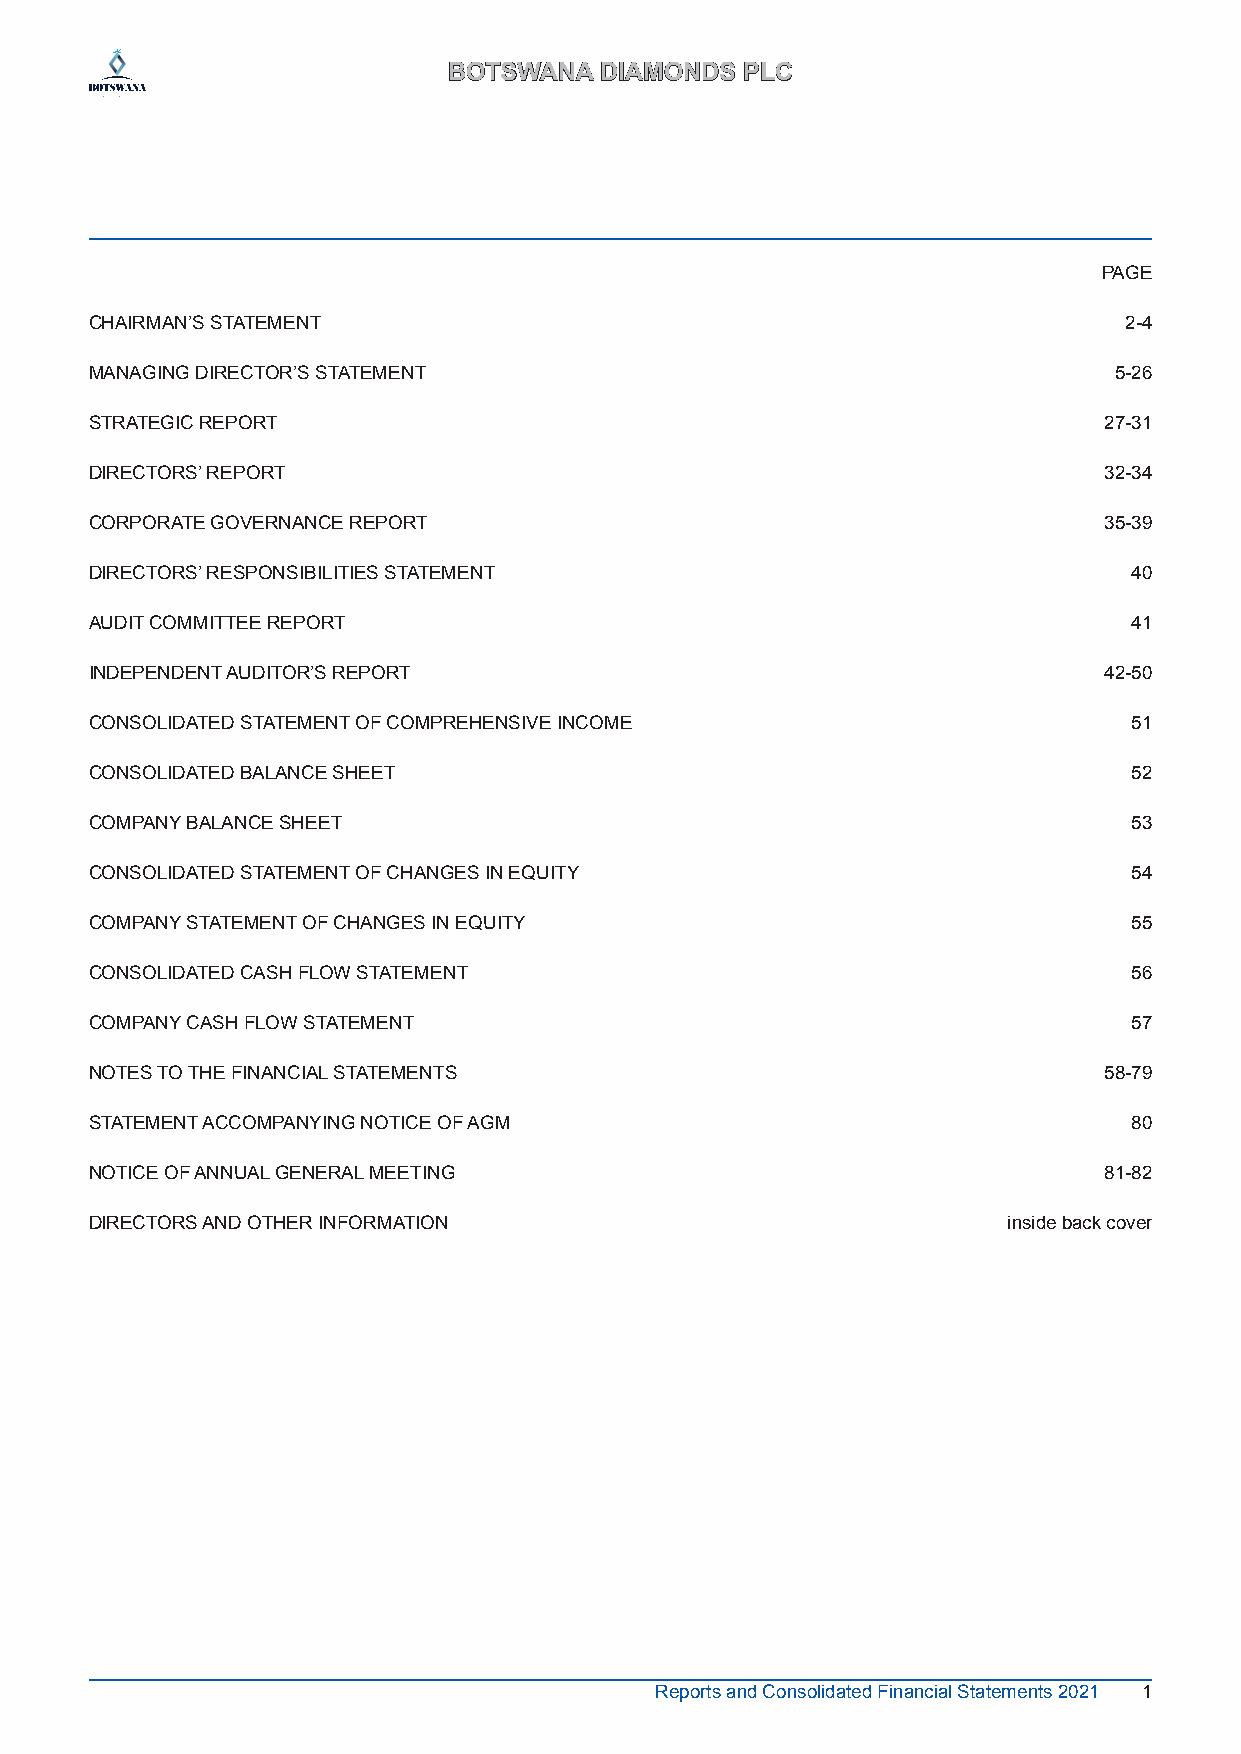
BBOOTTSSWWAANNAA DDIIAAMMOONNDDSS PPLLCC
 PAGE
 CHAIRMAN’S STATEMENT                                                2-4
 MANAGING DIRECTOR’S STATEMENT                                       5-26
 STRATEGIC REPORT                                                   27-31
 DIRECTORS’ REPORT                                                  32-34
 CORPORATE GOVERNANCE REPORT                                        35-39
 DIRECTORS’ RESPONSIBILITIES STATEMENT                                40
 AUDIT COMMITTEE REPORT                                               41
 INDEPENDENT AUDITOR’S REPORT                                       42-50
 CONSOLIDATED STATEMENT OF COMPREHENSIVE INCOME                       51
 CONSOLIDATED BALANCE SHEET                                           52
 COMPANY BALANCE SHEET                                                53
 CONSOLIDATED STATEMENT OF CHANGES IN EQUITY                          54
 COMPANY STATEMENT OF CHANGES IN EQUITY                               55
 CONSOLIDATED CASH FLOW STATEMENT                                     56
 COMPANY CASH FLOW STATEMENT                                          57
 NOTES TO THE FINANCIAL STATEMENTS                                  58-79
 STATEMENT ACCOMPANYING NOTICE OF AGM                                 80
 NOTICE OF ANNUAL GENERAL MEETING                                   81-82
 DIRECTORS AND OTHER INFORMATION                              inside back cover
 Reports and Consolidated Financial Statements 2021 1